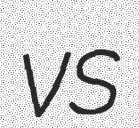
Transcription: vs